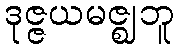
ဒုဇ္ဇယမဇ္ဈဘူ